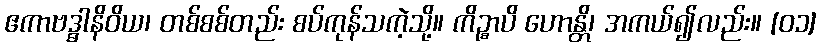
ဧကာဗဒ္ဓါနိဝိယ၊ တစ်စစ်တည်း စပ်ကုန်သကဲ့သို့။ ကိဉ္စာပိ ဟောန္တိ၊ အကယ်၍လည်း။ [၀၁]